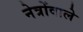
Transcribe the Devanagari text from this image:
नेत्रोंवाले